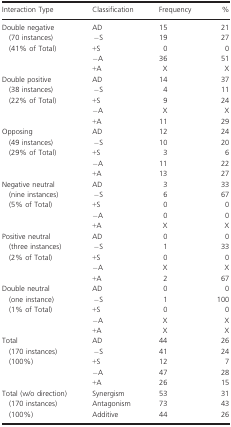
| Interaction Type | Classification | Frequency | % |
 | --- | --- | --- | --- |
 | Double negative | AD | 15 | 21 |
 | (70 instances) | −S | 19 | 27 |
 | (41% of Total) | +S | 0 | 0 |
 |  | −A | 36 | 51 |
 |  | +A | X | X |
 | Double positive | AD | 14 | 37 |
 | (38 instances) | −S | 4 | 11 |
 | (22% of Total) | +S | 9 | 24 |
 |  | −A | X | X |
 |  | +A | 11 | 29 |
 | Opposing | AD | 12 | 24 |
 | (49 instances) | −S | 10 | 20 |
 | (29% of Total) | +S | 3 | 6 |
 |  | −A | 11 | 22 |
 |  | +A | 13 | 27 |
 | Negative neutral | AD | 3 | 33 |
 | (nine instances) | −S | 6 | 67 |
 | (5% of Total) | +S | 0 | 0 |
 |  | −A | 0 | 0 |
 |  | +A | X | X |
 | Positive neutral | AD | 0 | 0 |
 | (three instances) | −S | 1 | 33 |
 | (2% of Total) | +S | 0 | 0 |
 |  | −A | X | X |
 |  | +A | 2 | 67 |
 | Double neutral | AD | 0 | 0 |
 | (one instance) | −S | 1 | 100 |
 | (1% of Total) | +S | 0 | 0 |
 |  | −A | X | X |
 |  | +A | X | X |
 | Total | AD | 44 | 26 |
 | (170 instances) | −S | 41 | 24 |
 | (100%) | +S | 12 | 7 |
 |  | −A | 47 | 28 |
 |  | +A | 26 | 15 |
 | Total (w/o direction) | Synergism | 53 | 31 |
 | (170 instances) | Antagonism | 73 | 43 |
 | (100%) | Additive | 44 | 26 |